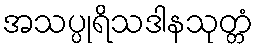
အသပ္ပုရိသဒါနသုတ္တံ